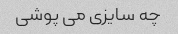
چه سایزی می پوشی